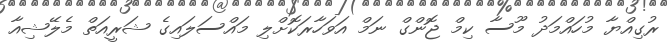
ރުގިއްޔާ މުހައްމަދު މޫސާ ކިމް ޖޮންގް ނަމް އަވަހާރަކޮށްލި މައްސަލައިގެ ޝަރީއަތް މެލޭޝިއާ